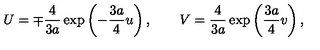
U = \mp \frac { 4 } { 3 a } \exp \left( - \frac { 3 a } { 4 } u \right) , \quad \quad V = \frac { 4 } { 3 a } \exp \left( \frac { 3 a } { 4 } v \right) ,